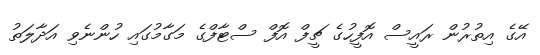
އޭގެ އިތުރުން ރައީސް އޮފީހުގެ ޗީފް އޮފް ސްޓާފްގެ މަގާމުގައި ހުންނެވި އަދާލަތު